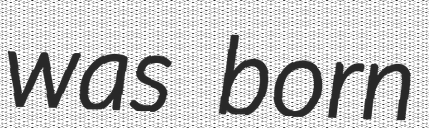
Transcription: was born